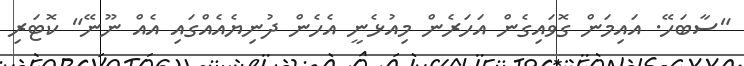
"ސާބަހޭ. އައިމަން ގޮވައިގެން އަހަރެން މިއުޅެނީ އެހެން ދުނިޔެއެއްގައި އެއް ނޫނޭ" ކޮޓަރި